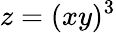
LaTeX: z=(xy)^{3}